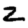
Digit: 2